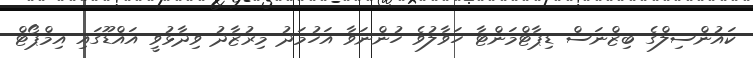
ކައުންސިލްގެ ބިޒްނަސް ޑިޕާޓްމަންޓާ ހަވާލުވެ ހުންނަވާ އަހުމަދު މިރުޒާދު ވިދާޅުވީ އައްޑޫގައި އިމްޕޯޓް